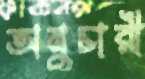
অনুচারী